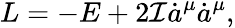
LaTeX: L=-E+2{\cal I}\dot{a}^{\mu}\dot{a}^{\mu},